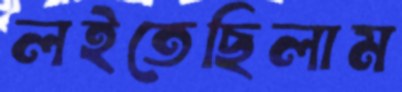
লইতেছিলাম